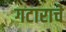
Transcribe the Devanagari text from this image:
गटाराचे